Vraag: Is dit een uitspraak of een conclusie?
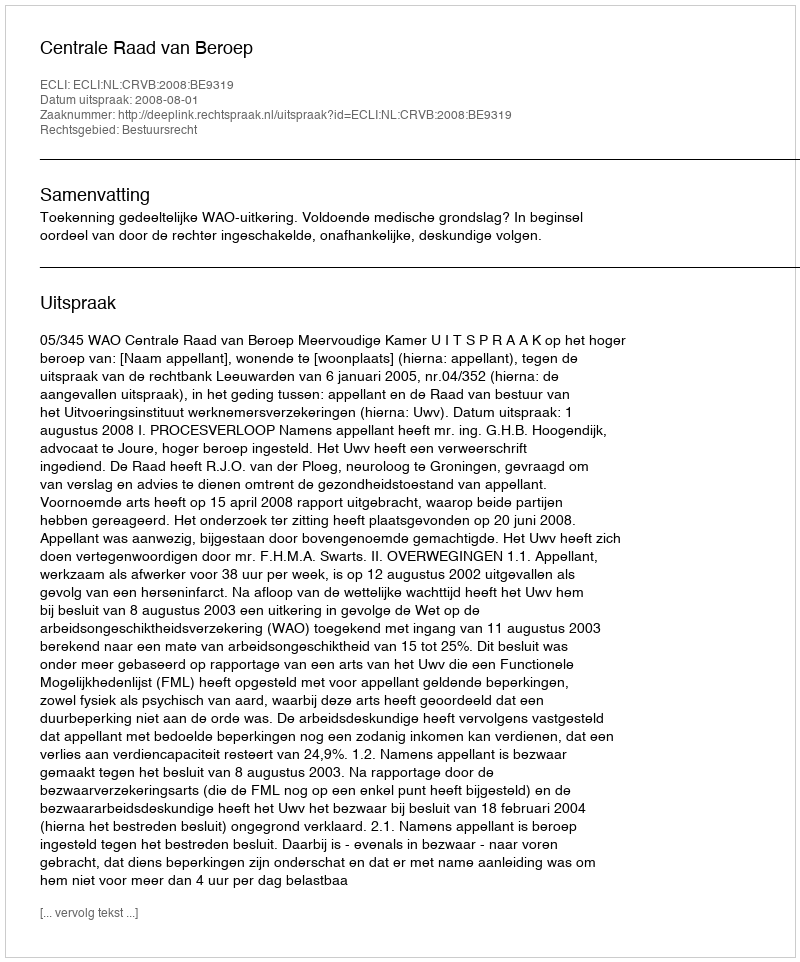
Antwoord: Uitspraak